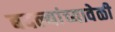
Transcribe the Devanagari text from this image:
बदल्यांच्यावेळी